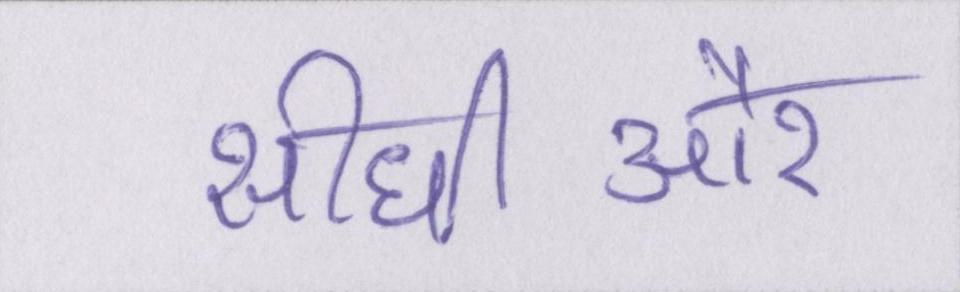
सीधीऔर